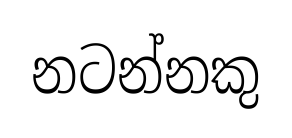
නටන්නකු